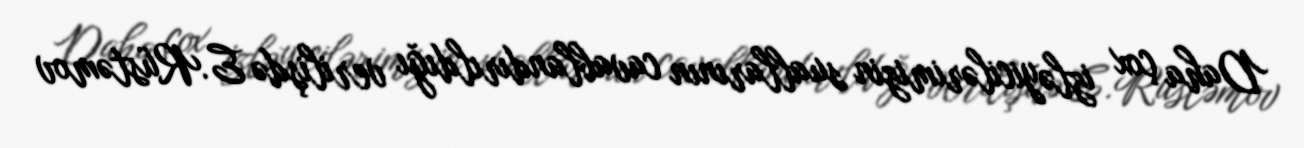
Daha çox izləyicilərimizin suallarının cavablandırıldığı verilişdə E.Rüstəmov